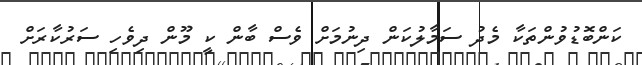
ކަންބޮޑުވުންތަކާ މެދު ސަމާލުކަން ދިނުމަށް ވެސް ބާން ކީ މޫން ދިވެހި ސަރުކާރަށް